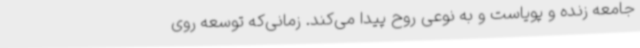
جامعه زنده و پویاست و به نوعی روح پیدا می‌کند. زمانی‌که توسعه روی